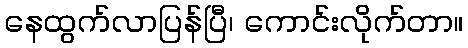
နေထွက်လာပြန်ပြီ၊ ကောင်းလိုက်တာ။